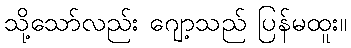
သို့သော်လည်း ဂျော့သည် ပြန်မထူး။